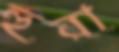
হুরা